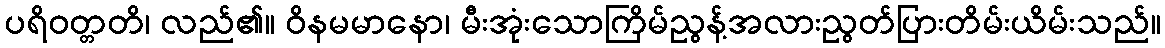
ပရိဝတ္တတိ၊ လည်၏။ ဝိနမမာနော၊ မီးအုံးသောကြိမ်ညွန့်အလားညွတ်ပြားတိမ်းယိမ်းသည်။